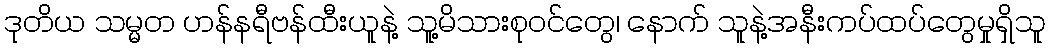
ဒုတိယ သမ္မတ ဟန်နရီဗန်ထီးယူနဲ့ သူ့မိသားစုဝင်တွေ၊ နောက် သူနဲ့အနီးကပ်ထပ်တွေမှုရှိသူ